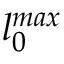
l _ { 0 } ^ { m a x }